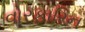
વોરફારિન